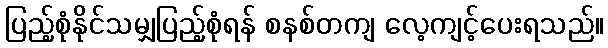
ပြည့်စုံနိုင်သမျှပြည့်စုံရန် စနစ်တကျ လေ့ကျင့်ပေးရသည်။